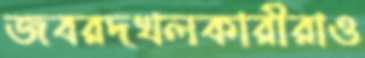
জবরদখলকারীরাও